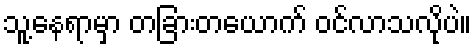
သူ့နေရာမှာ တခြားတယောက် ဝင်လာသလိုပဲ။